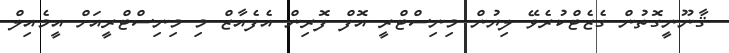
ޤާނޫނީގޮތުން ގެޒެޓްކުރެވޭ ލިޔުން މިނިސްޓްރީ އޮފް ފޮރިން އެފެއާޒް މި މިނިސްޓްރީއަށް އީމެއިލް